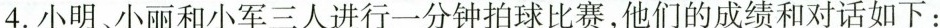
4.小明、小丽和小军三人进行一分钟拍球比赛，他们的成绩和对话如下：